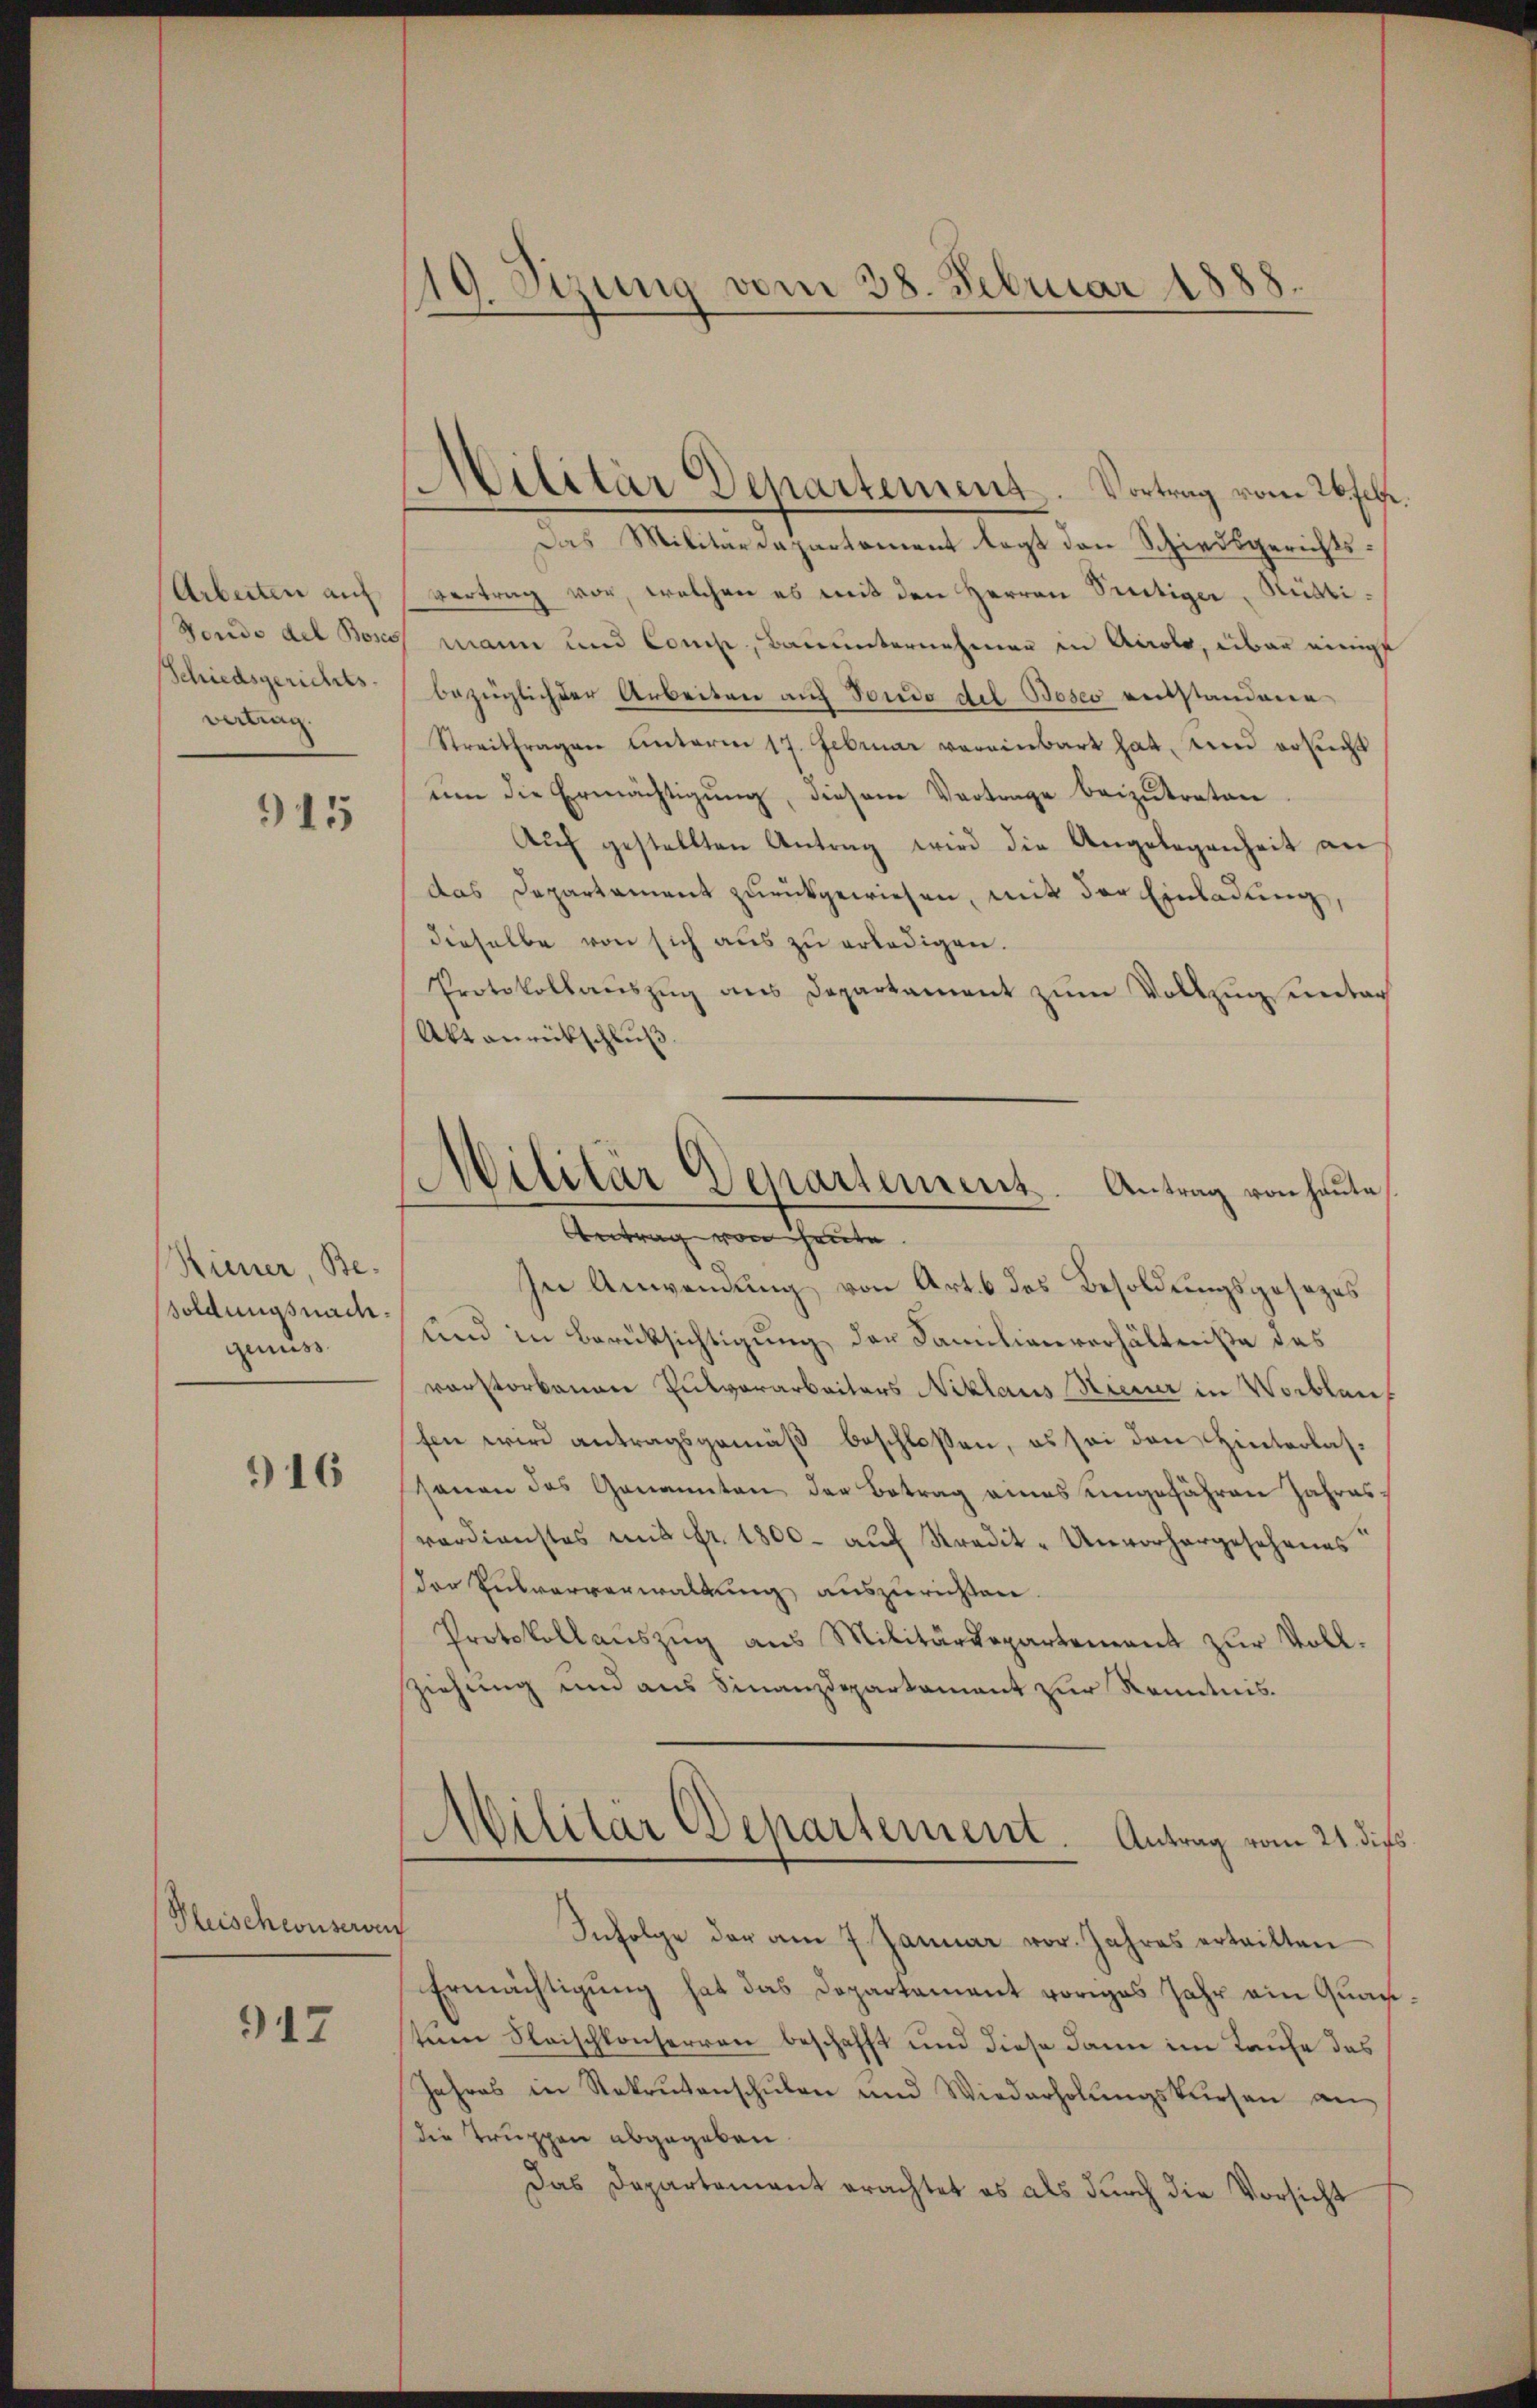
Arbeiten auf
Fondo del Boss
Schiedsgerichts-
vertrag.

915

Hiener Be-
soldungsnach.
genuss

916

Fleischeusern

917

19. Sizung vom 38. Februar 1888.

¬
Militär Departement. Vortrag vom 26 febr.

Militär Departement. Antrag von heute,
Antrag von heute.

Das Militärdepartement legt den Schiedsgerichtsvertrag vor, welchen es mit den Herren Seitiger, Rüttimann und Conchi, Bauunternehmen in Airolo, über einigt
bezüglich der Arbeiten auf Fondo del Bosco entstandene
Streitfragen unterm 17. Februar vereinbart hat, und ersucht
um die Ermächtigung, diesem Vortrage beizutreten
Aŭf gestellten Antrag wird die Angelegenheit an
das Departament zurückgewiesen, mit der Einladung,
dieselbe von sich aŭs zŭ erledigen.
Protokollauszug aus Departament zum Vollzugsentar
Akt anrückschluß
In Anwendung von Art. 6 des Besoldungsgesezes
und in Berüksichtigung der Familienverhältniße das
vorstorbenen Pulvorarbeiters Niklaus diener in Wortlauf
fen wird antragsgemäß beschlossen, es sei den Hinterlassanen das Genannten der Betrag eines eingefähren Jahres.
verdienstes mit Fr. 1800. auf Stradit-Unvorhergesehenes
der Entwerverwaltung auszurichten.
Protokoll aŭszŭg aŭs Militärdepartement zŭr Voll-
ziehung und aus Finanzdepartament zur Kenntnis.
Militär Departement. Antrag vom 21. dies
Infolge der am 7. Januar vor. Jahres erteilten
Ermächtigung hat das Departament voriges Jahr ein Quach
tem Reischkonserren beschafft und diese dann im Laufe des
Jahres in Rekrutenschulen und Wiederholŭngskursen an-
die Truppen abgegeben
Das Departement erachtet es als durch die Vorsicht